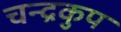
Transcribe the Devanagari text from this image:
चन्द्रकुप